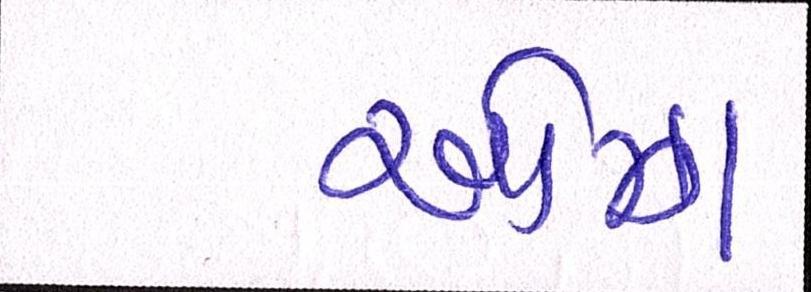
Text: ઓઝા